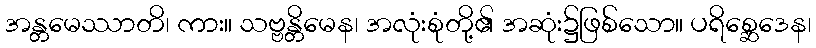
အန္တမေဿာတိ၊ ကား။ သဗ္ဗန္တိမေန၊ အလုံးစုံတို့၏ အဆုံး၌ဖြစ်သော။ ပရိစ္ဆေဒေန၊